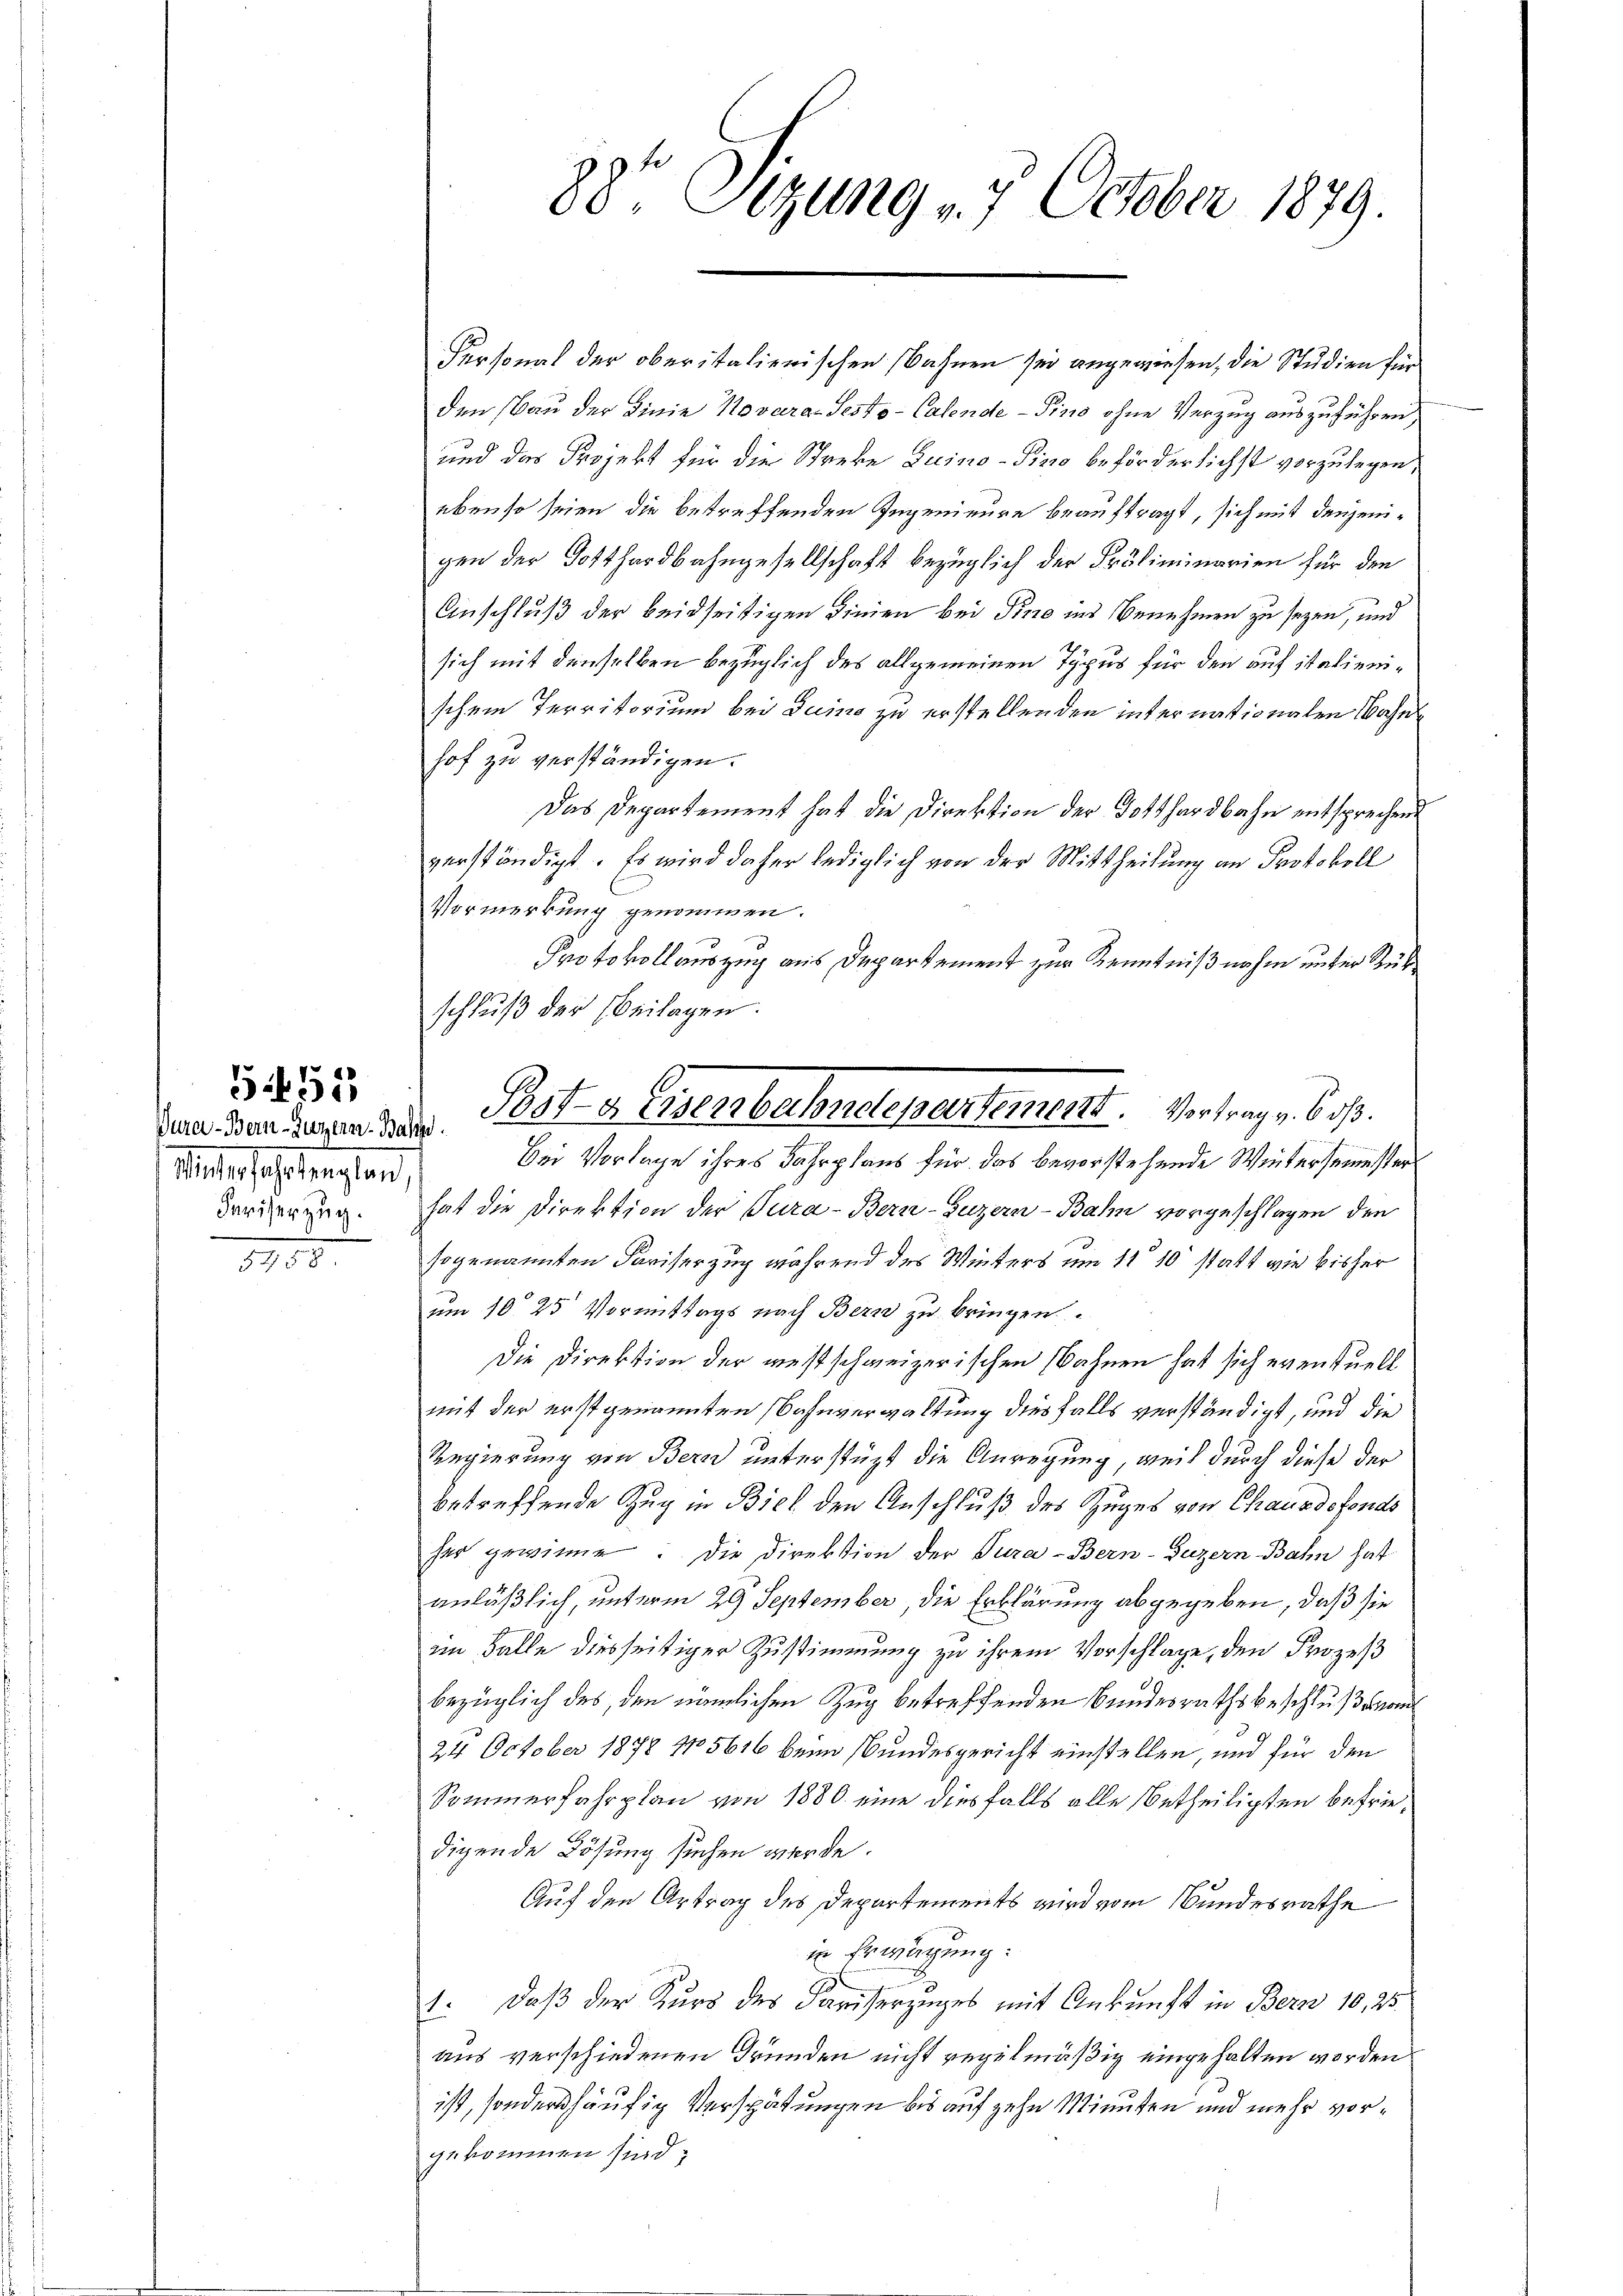
Miles sehr sagten,
Fariserzug.

5455

1755

88te Sitzung 17 October 1879.

Personal der oberitalienischen Bahnen sei angewiesen, die Studien für
den Bau der Linie Novara-Sesto-Calende - Pinio ohne Verzug auszuführen,
und das Projekt für die Streke Luino - Pizzo beförderlichst vorzulegen,
ebenso seien die betreffenden Ingenieure beauftragt, sich mit denjenigen der Gotthardbahngesellschaft bezüglich der Präliminarien für den
Anschluß der beidseitigen dinien bei Dino ins Benehmen zu seyen, und
sich mit denselben bezüglich des allgemeinen Typus für den auf italienischen Territorium bei Duino zu erstellenden internationalen Bahn
hof zu verständigen.
Das Departement hat die Direktion der Gotthardbahn entsprechend
verständigt. Es wird daher lediglich von der Mittheilung an Protokoll
Vormerkung genommen.
Protokollauszug aus Departement zur Kenntnißnahm unter Rük¬
Bei Vorlage ihres Fahrplans für das bevorstehende Wintersemester
hat die Direktion der Pura-Bern-Guzern-Bahn vorgeschlagen den
sogenannten Fariserzug während des Winters um 11 10 statt wie bisher
um 10 25 Vormittags nach Bern zu bringen.
Die Direktion der westschweizerischen Wahnen hat sich eventuell
mit der erstgenannten Bahnverwaltung diesfalls verständigt, und die
Regierung von Bern unterstüzt die Anregung, weil durch diese der
betreffende Zug in Biel den Anschluß des Zuges von Chausdofonds
her gewinne. Die Direktion der Tura-Bern-Guzern Bahn hat
anläßlich, unterm 29 September, die Erklärung abgegeben, daß sie
im Falle diesseitiger Zustimmung zu ihrem Vorschlage, den Prozes
bezüglich des, den nämlichen Zug betreffenden Bundesrathsbeschluß bron
24 October 1878 15616 beim Bundesgericht einstellen, und für den
Sommerfahrplan von 1880 eine diesfalls alle betheiligten befriedigende Lösung suchen werde.
Auf den Antrag des Departements wird vom Bundesrathe
in Erwägung:
1. Daß der Kurs des Pariserzuges mit Ankunft in Bern 10,25
aus verschiedenen Grunden nicht regelmäßig eingehalten worden.
ist, sonders häufig Verspätungen bis auf zehn Minuten und mehr vorgekommen sind.

schluß der Beilagen.

vara Banderen denses. Brot a. Eisenbahnelementement. Vortrag v. 6. d.